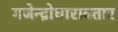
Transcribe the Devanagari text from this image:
गजेन्द्रोधारावतार